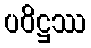
ပဝိဋ္ဌဿ